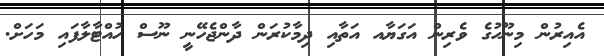
އެއިރުން މިނޫހުގެ ވެރިން އަގަޔާއ އަތާއި ދިމާކުރަން ދާންޖެހޭނީ ނޫސް ހުއްޓާލާފައި މަހަށް.